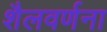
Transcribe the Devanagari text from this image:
शैलवर्णना